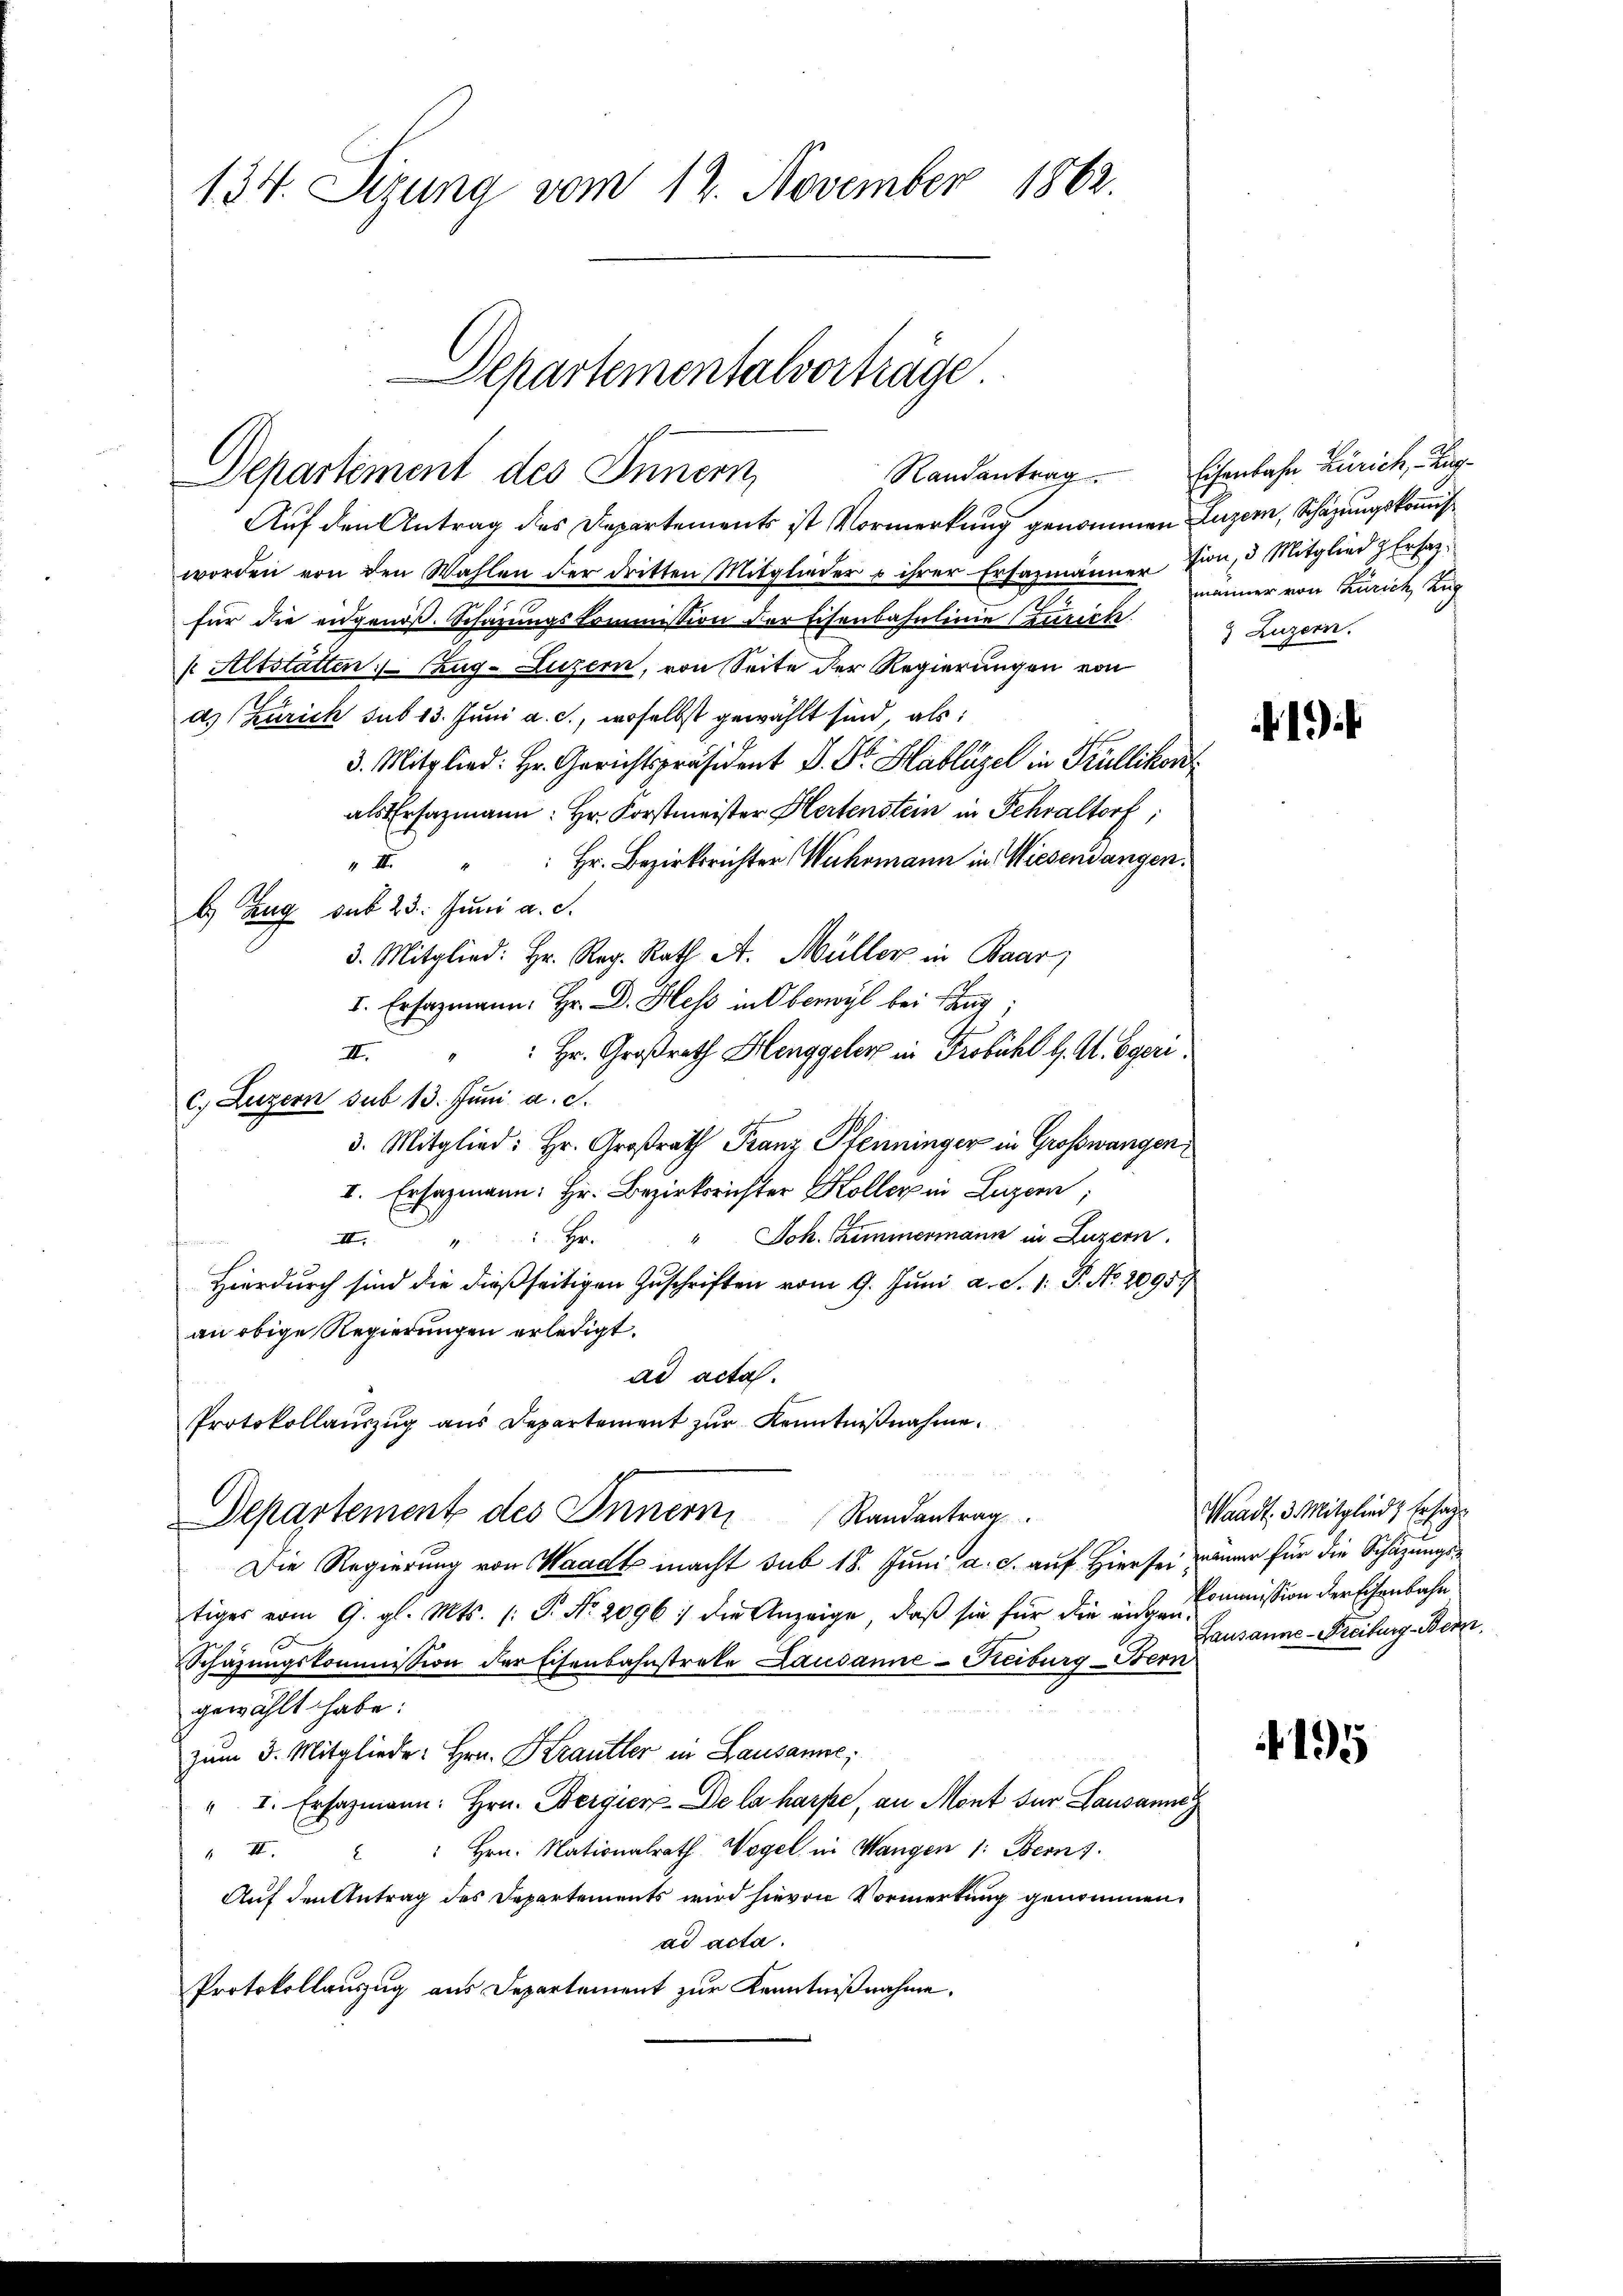
134. Sizung vom 12. November 1862.

Auf den Antrag des Departements ist Vormerkung genommen Luzern, Schazungskomis
worden von den Wahlen der dritten Mitglieder u ihrer Ersazmänner hin, 3 Mitglied & Ersatz-
für die angenoß. Schazungskommission der Eisenbahnlinie (zurich
p Altstatten. (Zug–Luzern, von Seite der Regierungen von
ds (Zürich sub 13. Juni a. c., woselbst gewählt sind, als:
3. Mitglied: Hr. Gerichtspräsident J. Dr. Hablügel in Krüllikon
als Ersatzmann: Hr. Forstmeister Hertenstein in Fehraltorf,
 Hr. Bezirksrichter Wuhrmann in Wiesendangen.
x
b. Zug sub 23. Juni a. c.
3. Mitglied: Hr. Reg. Rath A. Müller in Baar
I. Ersazmann, Hr. D. Hess in Oberwyl bei sang;
 Hr. Großrath Henggeler in Frobühl l. A. Egeri
II.
c. Luzern sub 13. Jŭni a. c.
3. Mitglied: Hr. Großrath Franz Pfenninger in Großwangen
2. Ersazmann: Hr. Bezirksrichter Koller in Luzern;
Jok. Zimmermann in Luzern.
I
Hr.
fen
4
Hierdurch sind die dießseitigen Zuschriften vom 9. Juni a. S. 1: P. No. 2095
an obige Regierungen erledigt.
ad acta.
Protokollaŭszŭg ans Departement zŭr Kenntniβnahme.
Departement des Innern Randantrag
Die Regierung von Waadt macht sub 18. Juni a. c. auf Hier sei namen für die Schazungstiges vom 9. gl. Mts. (: P. Nr. 2096 :/ die Anzeige, daβ sie für die angen-
Schazungskommission der Eisenbahnstreke Lausanne-Keiburg-Bern
gewählt habe:
zum 3. Mitgliede: Hrn. Krautler in Lausanne;
" I. Ersazmann: hrn. Bergiere De la harpe, an Mont für Lausanne
" II. " " Hrn. Nationalrath Wogel in Wangen 1: Berns
Auf den Antrag des Departements wird hievon Vormerkung genommen.
ad acta.
Protokollauszug aus Departement zur Kenntnißnahme.

Departementalverträge
Departement des Innern,

Randantrag. Eisenbahn Zürich, Zug
männer von Zürich, Zug
& Luzern.
)

Waadt, 3. Mitglied, Er sagt
Kommission der Eisenbahn.
Lausanne-Freibung Bern,

15